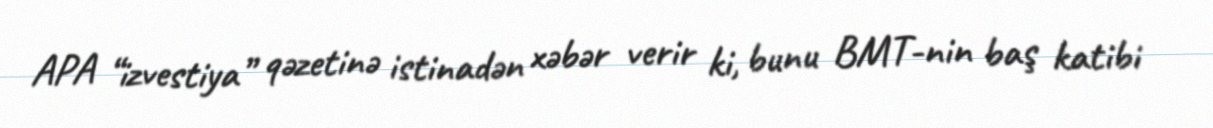
APA “izvestiya” qəzetinə istinadən xəbər verir ki, bunu BMT-nin baş katibi